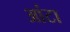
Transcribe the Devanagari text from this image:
आंटा